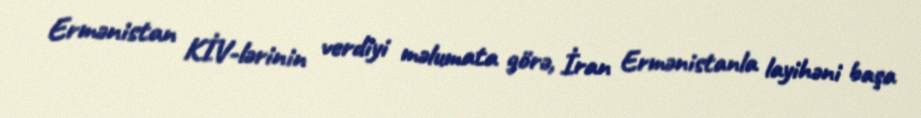
Ermənistan KİV-lərinin verdiyi məlumata görə, İran Ermənistanla layihəni başa